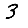
Digit: 3